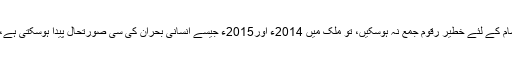
جرمن خبررساں ادارے کے مطابق عالمی ادارہ خوراک نے اس موقع پر خبردار کیا ہے کہ اگر شام کے لئے خطیر رقوم جمع نہ ہوسکیں، تو ملک میں 2014ء اور2015ء جیسے انسانی بحران کی سی صورتحال پیدا ہوسکتی ہے، تب امداد کی کمی کی وجہ سے لاکھوں افراد یورپ کی جانب ترک وطن پر مجبور ہوگئے تھے۔